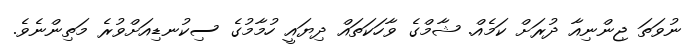
ނުވަތަ ޖިންނިއާ ދުރަށް ކަމެއް. ޝާމްގެ ވާހަކަތައް ދިޔައީ ހުމާމުގެ ސިކުނޑިއަށްވުރެ މަތިންނެވެ.